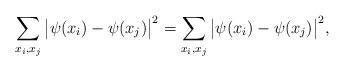
LaTeX: \begin{align*}& \sum_{x_i, x_j } \big|\psi(x_i) - \psi(x_j)\big|^2 = \sum_{x_i, x_j } \big|\psi(x_i) - \psi(x_j)\big|^2,\end{align*}